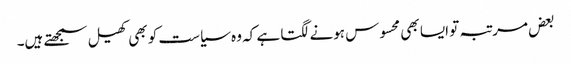
بعض مرتبہ تو ایسا بھی محسوس ہونے لگتا ہے کہ وہ سیاست کو بھی کھیل سمجھتے ہیں۔